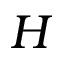
H